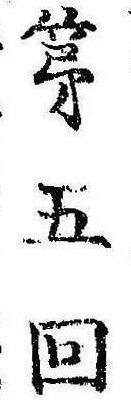
第五回